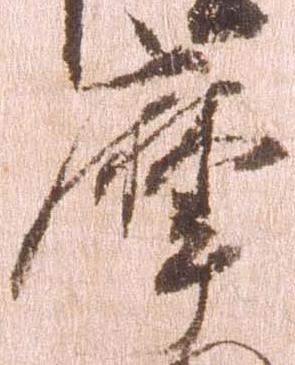
摩